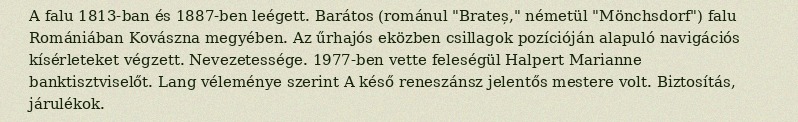
A falu 1813-ban és 1887-ben leégett. Barátos (románul "Brateș," németül "Mönchsdorf") falu Romániában Kovászna megyében. Az űrhajós eközben csillagok pozícióján alapuló navigációs kísérleteket végzett. Nevezetessége. 1977-ben vette feleségül Halpert Marianne banktisztviselőt. Lang véleménye szerint A késő reneszánsz jelentős mestere volt. Biztosítás, járulékok.